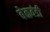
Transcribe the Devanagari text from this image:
बेळवंडी